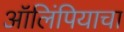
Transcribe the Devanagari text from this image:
ऑलिंपियाचा